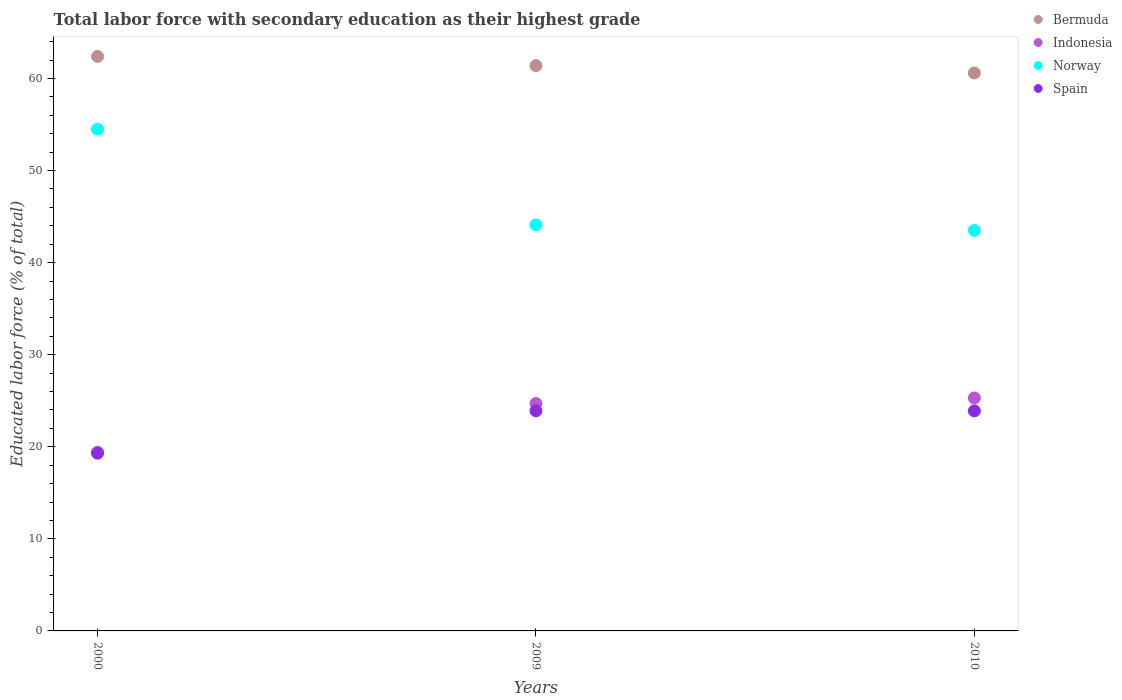
| Years | Bermuda | Indonesia | Norway | Spain |
 | --- | --- | --- | --- | --- |
 | 2000 | 62.4 | 19.4 | 54.5 | 19.3 |
 | 2009 | 61.4 | 24.7 | 44.1 | 23.9 |
 | 2010 | 60.6 | 25.3 | 43.5 | 23.9 |